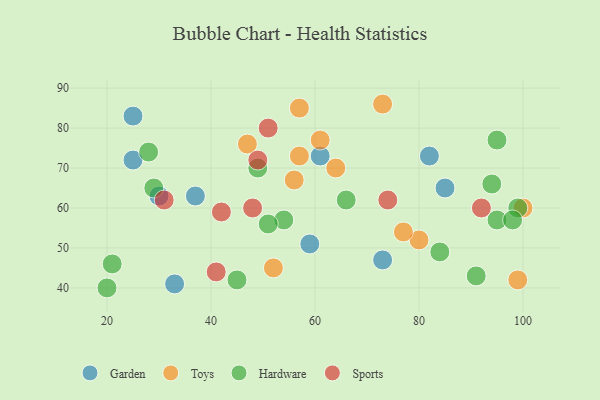
{"axis": {"x": "GDP", "y": "Life Expectancy"}, "legend": ["Garden", "Hardware", "Sports", "Toys"], "data": [{"x": "73", "y": 47, "type": "Garden"}, {"x": "82", "y": 73, "type": "Garden"}, {"x": "59", "y": 51, "type": "Garden"}, {"x": "85", "y": 65, "type": "Garden"}, {"x": "30", "y": 63, "type": "Garden"}, {"x": "61", "y": 73, "type": "Garden"}, {"x": "33", "y": 41, "type": "Garden"}, {"x": "25", "y": 83, "type": "Garden"}, {"x": "25", "y": 72, "type": "Garden"}, {"x": "37", "y": 63, "type": "Garden"}, {"x": "52", "y": 45, "type": "Toys"}, {"x": "64", "y": 70, "type": "Toys"}, {"x": "61", "y": 77, "type": "Toys"}, {"x": "56", "y": 67, "type": "Toys"}, {"x": "99", "y": 42, "type": "Toys"}, {"x": "100", "y": 60, "type": "Toys"}, {"x": "47", "y": 76, "type": "Toys"}, {"x": "57", "y": 73, "type": "Toys"}, {"x": "57", "y": 85, "type": "Toys"}, {"x": "80", "y": 52, "type": "Toys"}, {"x": "77", "y": 54, "type": "Toys"}, {"x": "73", "y": 86, "type": "Toys"}, {"x": "21", "y": 46, "type": "Hardware"}, {"x": "54", "y": 57, "type": "Hardware"}, {"x": "95", "y": 57, "type": "Hardware"}, {"x": "99", "y": 60, "type": "Hardware"}, {"x": "98", "y": 57, "type": "Hardware"}, {"x": "29", "y": 65, "type": "Hardware"}, {"x": "45", "y": 42, "type": "Hardware"}, {"x": "51", "y": 56, "type": "Hardware"}, {"x": "49", "y": 70, "type": "Hardware"}, {"x": "94", "y": 66, "type": "Hardware"}, {"x": "20", "y": 40, "type": "Hardware"}, {"x": "84", "y": 49, "type": "Hardware"}, {"x": "91", "y": 43, "type": "Hardware"}, {"x": "95", "y": 77, "type": "Hardware"}, {"x": "66", "y": 62, "type": "Hardware"}, {"x": "28", "y": 74, "type": "Hardware"}, {"x": "48", "y": 60, "type": "Sports"}, {"x": "41", "y": 44, "type": "Sports"}, {"x": "74", "y": 62, "type": "Sports"}, {"x": "31", "y": 62, "type": "Sports"}, {"x": "42", "y": 59, "type": "Sports"}, {"x": "49", "y": 72, "type": "Sports"}, {"x": "51", "y": 80, "type": "Sports"}, {"x": "92", "y": 60, "type": "Sports"}]}